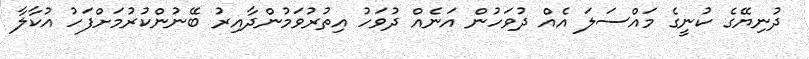
ދުނިޔޭގެ ކުނީގެ މައްސަލަ އެއް ދުވަހުން އަނެއް ދުވަހު އިތުރުވަމުންދާއިރު ބޭނުންކުރުމަށްފަހު އުކާލާ